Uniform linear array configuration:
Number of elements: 8
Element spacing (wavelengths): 1
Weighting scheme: exponential
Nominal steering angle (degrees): -15
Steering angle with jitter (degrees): -13.643
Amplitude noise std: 0.05
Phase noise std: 0.05

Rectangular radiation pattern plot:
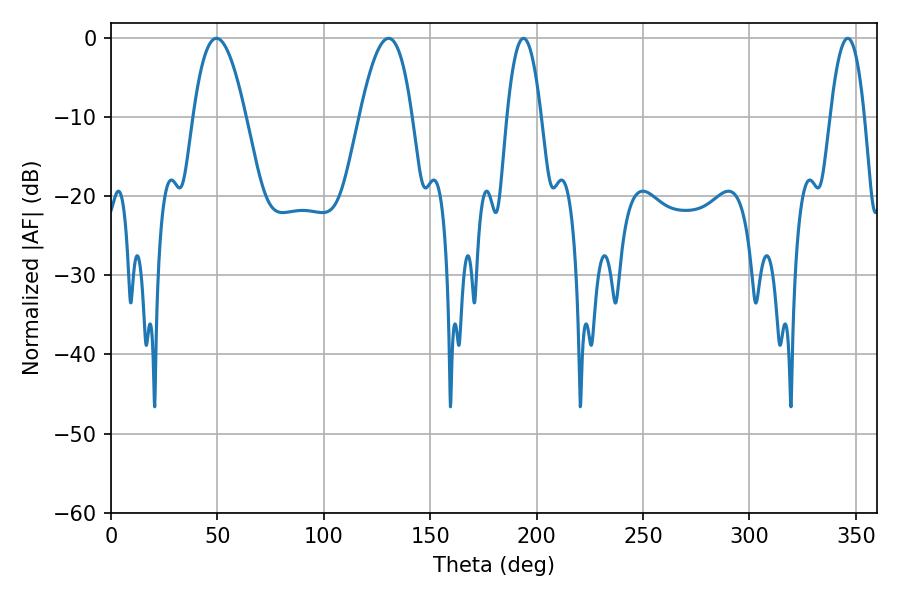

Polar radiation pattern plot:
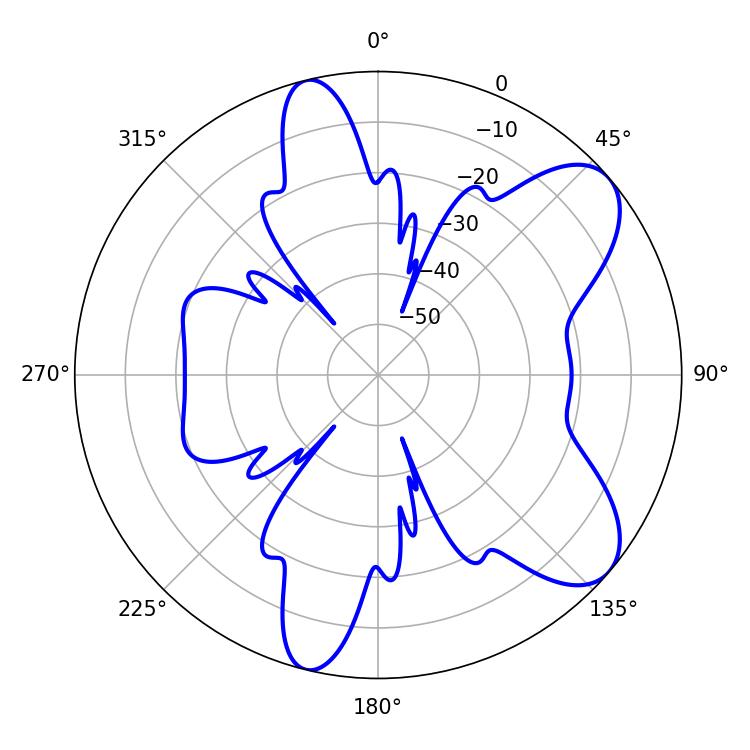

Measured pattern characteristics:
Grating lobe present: TRUE
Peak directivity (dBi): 8.133
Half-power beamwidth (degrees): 8.82
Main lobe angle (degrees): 193.86